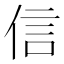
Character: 信